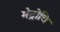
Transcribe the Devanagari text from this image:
मेट्रोचि